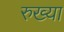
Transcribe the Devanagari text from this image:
रुख्या